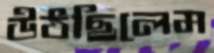
উঠছিলেম